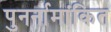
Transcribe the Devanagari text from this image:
पुनर्नामांकित